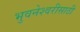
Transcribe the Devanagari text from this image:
भुवनेश्वरीसाठी